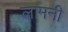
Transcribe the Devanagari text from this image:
लामनी